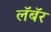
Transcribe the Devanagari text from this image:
लॅबॅर